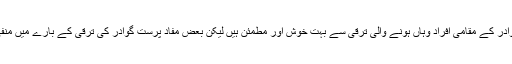
احسن اقبال نے کہا کہ گوادر کے مقامی افراد وہاں ہونے والی ترقی سے بہت خوش اور مطمئن ہیں لیکن بعض مفاد پرست گوادر کی ترقی کے بارے میں منفی پراپیگنڈہ کر رہے ہیں۔